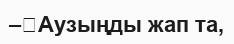
–	Аузыңды жап та,